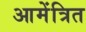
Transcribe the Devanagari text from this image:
आमेंत्रित